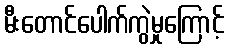
မီးတောင်ပေါက်ကွဲမှုကြောင့်